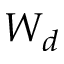
W _ { d }